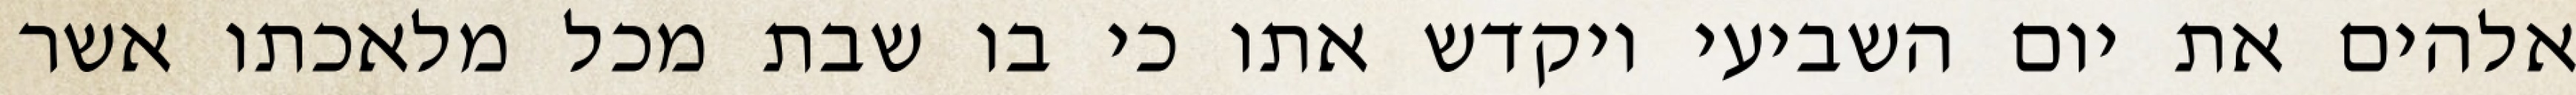
אלהים את יום השביעי ויקדש אתו כי בו שבת מכל מלאכתו אשר